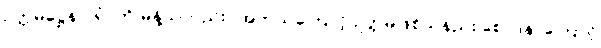
ဥတ္တမဋ္ဌေန ဝရံ’ ကို မိန့်သတည်း။ အဘယ်ကြောင့် ဥတ္တမဖြစ်သနည်း စောဒနာကြောင့်